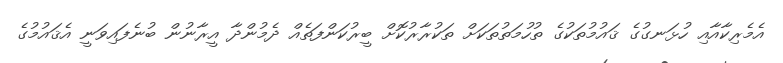
އެމެރިކާއާއި ހުޅަނގުގެ ޤައުމުތަކުގެ ތުހުމަތުތަކަށް ތަކުރާރުކޮށް ބީރުކަންފަތެއް ދެމުންދާ އީރާނުން ބުނެފައިވަނީ އެޤައުމުގެ